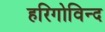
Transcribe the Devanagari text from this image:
हरिगोविन्द